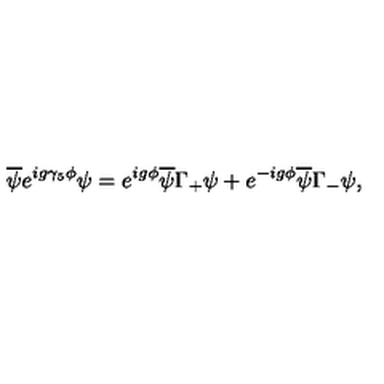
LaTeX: \overline { { \psi } } e ^ { i g \gamma _ { 5 } \phi } \psi = e ^ { i g \phi } \overline { { \psi } } \Gamma _ { + } \psi + e ^ { - i g \phi } \overline { { \psi } } \Gamma _ { - } \psi ,